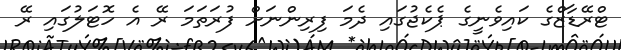
ޓްރޭޑާޒްގެ ކައިވެނީގެ ޕެކެޖުގައި ދެމަ ފިރިންނަށް ފުރަތަމަ ރޭ އެ ހޮޓަލުގައި ރޭ